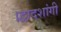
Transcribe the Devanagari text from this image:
।द्वादशांगी